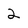
Character: 2